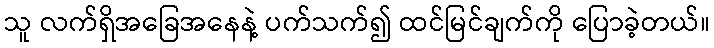
သူ လက်ရှိအခြေအနေနဲ့ ပက်သက်၍ ထင်မြင်ချက်ကို ပြောခဲ့တယ်။